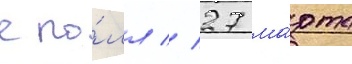
спо́лл // 27 ма́рта